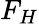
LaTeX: F_{H}